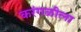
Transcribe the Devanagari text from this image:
करंगळीला